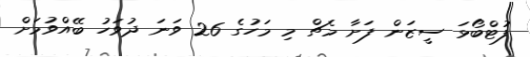
ފުޓްބޯޅަ ސީޒަން ފަށާ މެޗް މި މަހުގެ 26 ވަނަ ދުވަހު ބޭއްވުމަށް